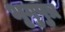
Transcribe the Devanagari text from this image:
भृगुपुत्र